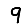
Digit: 9